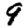
Digit: 9